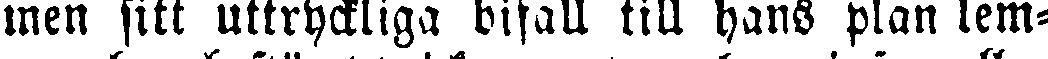
men sitt uttryckliga bifall till hans plan lem-